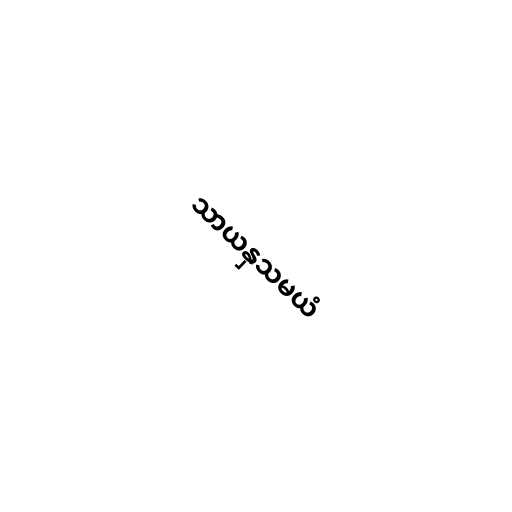
သာယနှသမယံ